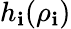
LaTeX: h_{\mathbf{i}}(\rho_{\mathbf{i}})